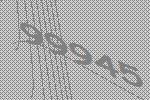
99945